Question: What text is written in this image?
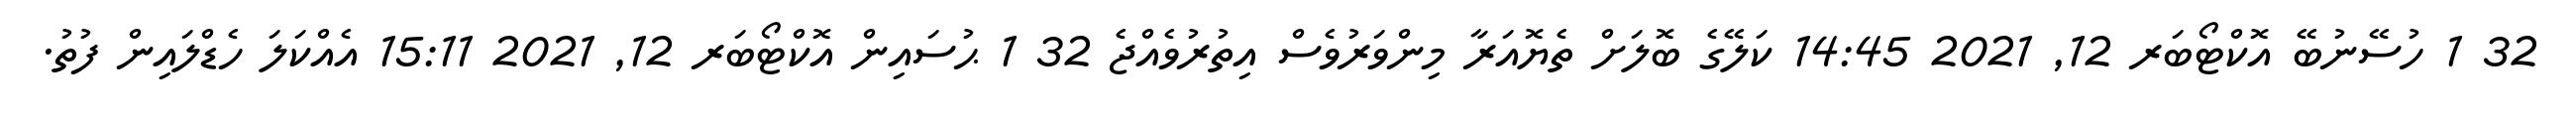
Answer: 32 1 ހުސޭނުބޭ އޮކްޓޯބަރ 12, 2021 14:45 ކަލޭގެ ބޮލަށް ތެޔޮއަރާ މިންވަރުވެސް އިތުރުވެއްޖެ 32 1 ޙުސައިން އޮކްޓޯބަރ 12, 2021 15:11 އެއްކަލަ ހެޑްލައިން ފުތު.